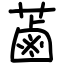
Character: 蓾